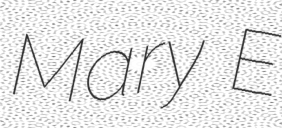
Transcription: Mary E